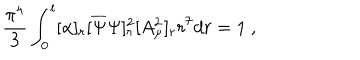
\frac { \pi ^ { 4 } } { 3 } \int _ { 0 } ^ { l } [ \alpha ] _ { r } [ \overline { { { \Psi } } } \Psi ] _ { r } ^ { 2 } [ A _ { \mu } ^ { 2 } ] _ { r } r ^ { 7 } d r = 1 ~ ,